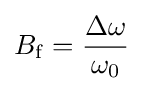
B_{\mathrm {f} }={\frac {\Delta \omega }{\omega _{0}}}